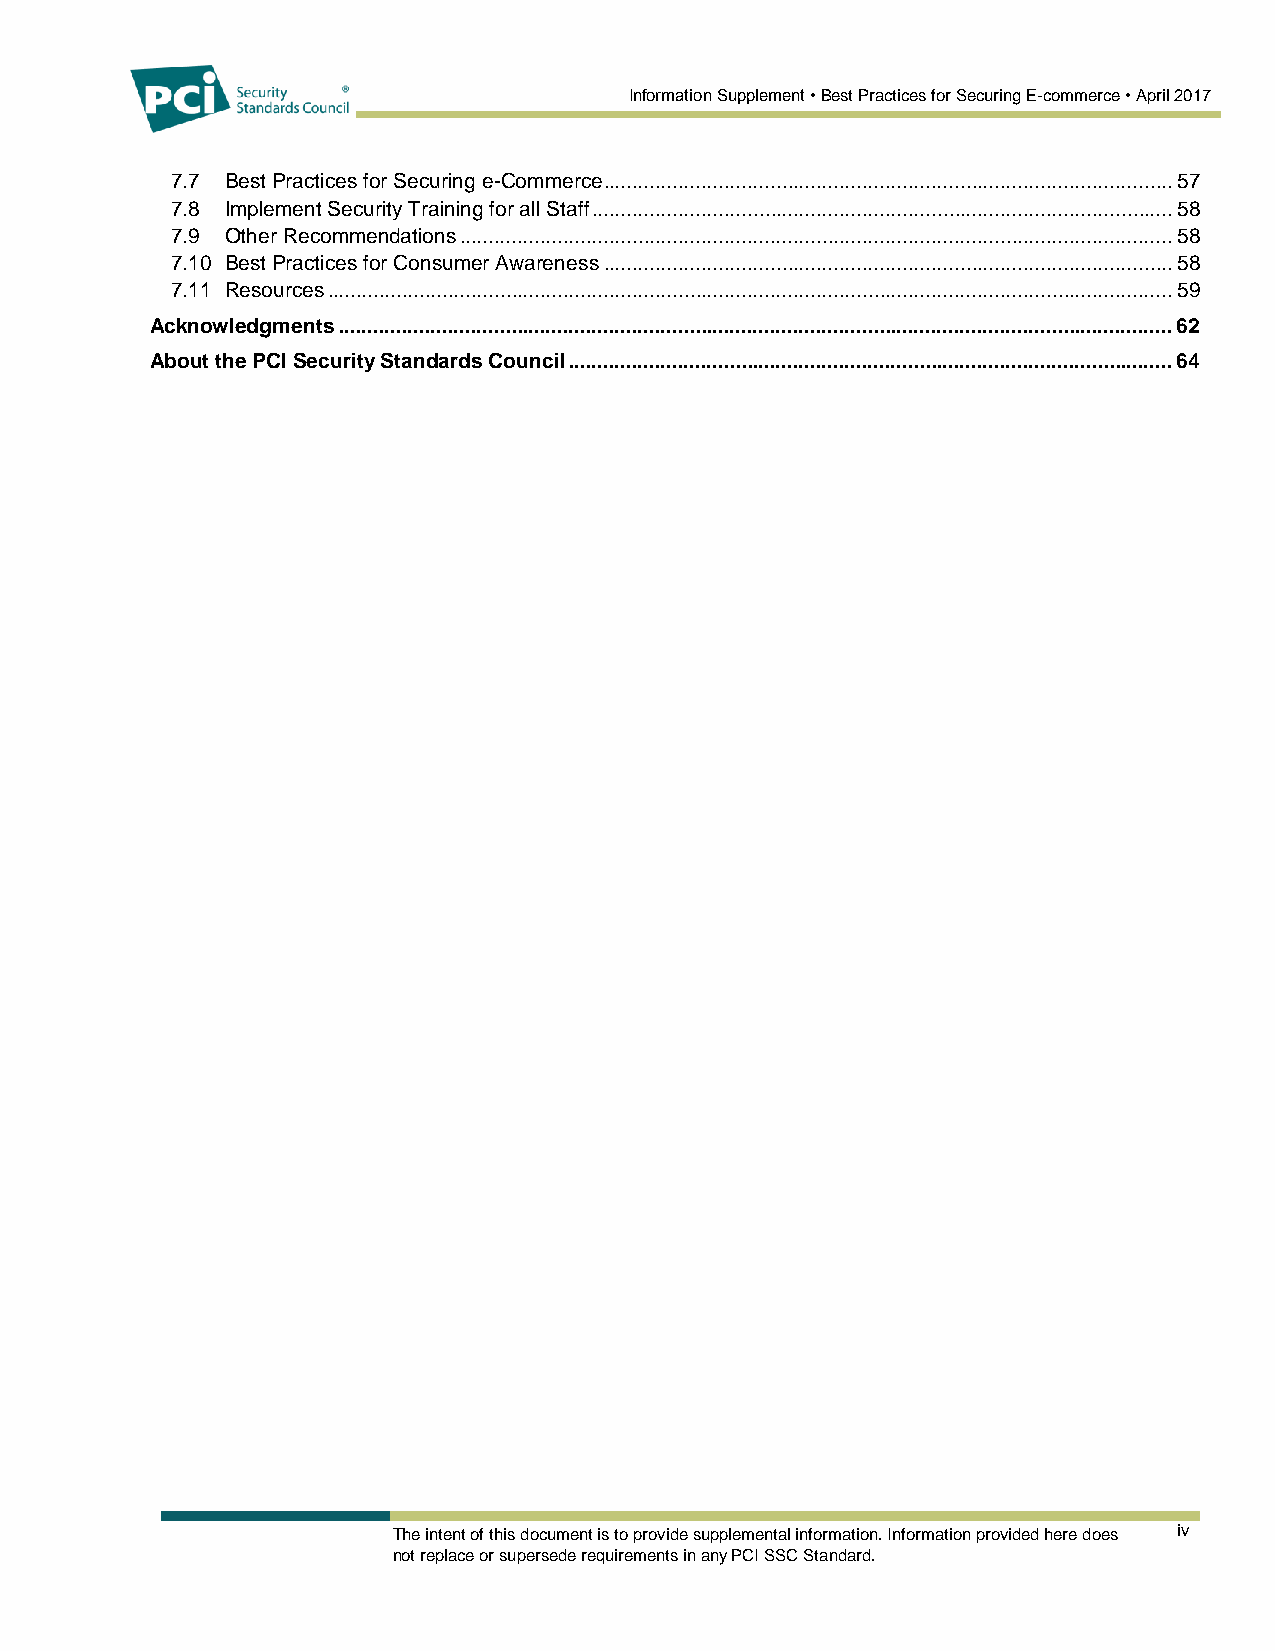
Information Supplement • Best Practices for Securing E-commerce • April 2017
 7.7 Best Practices for Securing e-Commerce ................................................................................................... 57
 7.8 Implement Security Training for all Staff ..................................................................................................... 58
 7.9 Other Recommendations ............................................................................................................................ 58
 7.10 Best Practices for Consumer Awareness ................................................................................................... 58
 7.11 Resources ................................................................................................................................................... 59
 Acknowledgments ................................................................................................................................................. 62
 About the PCI Security Standards Council ......................................................................................................... 64
 The intent of this document is to provide supplemental information. Information provided here does iv
 not replace or supersede requirements in any PCI SSC Standard.